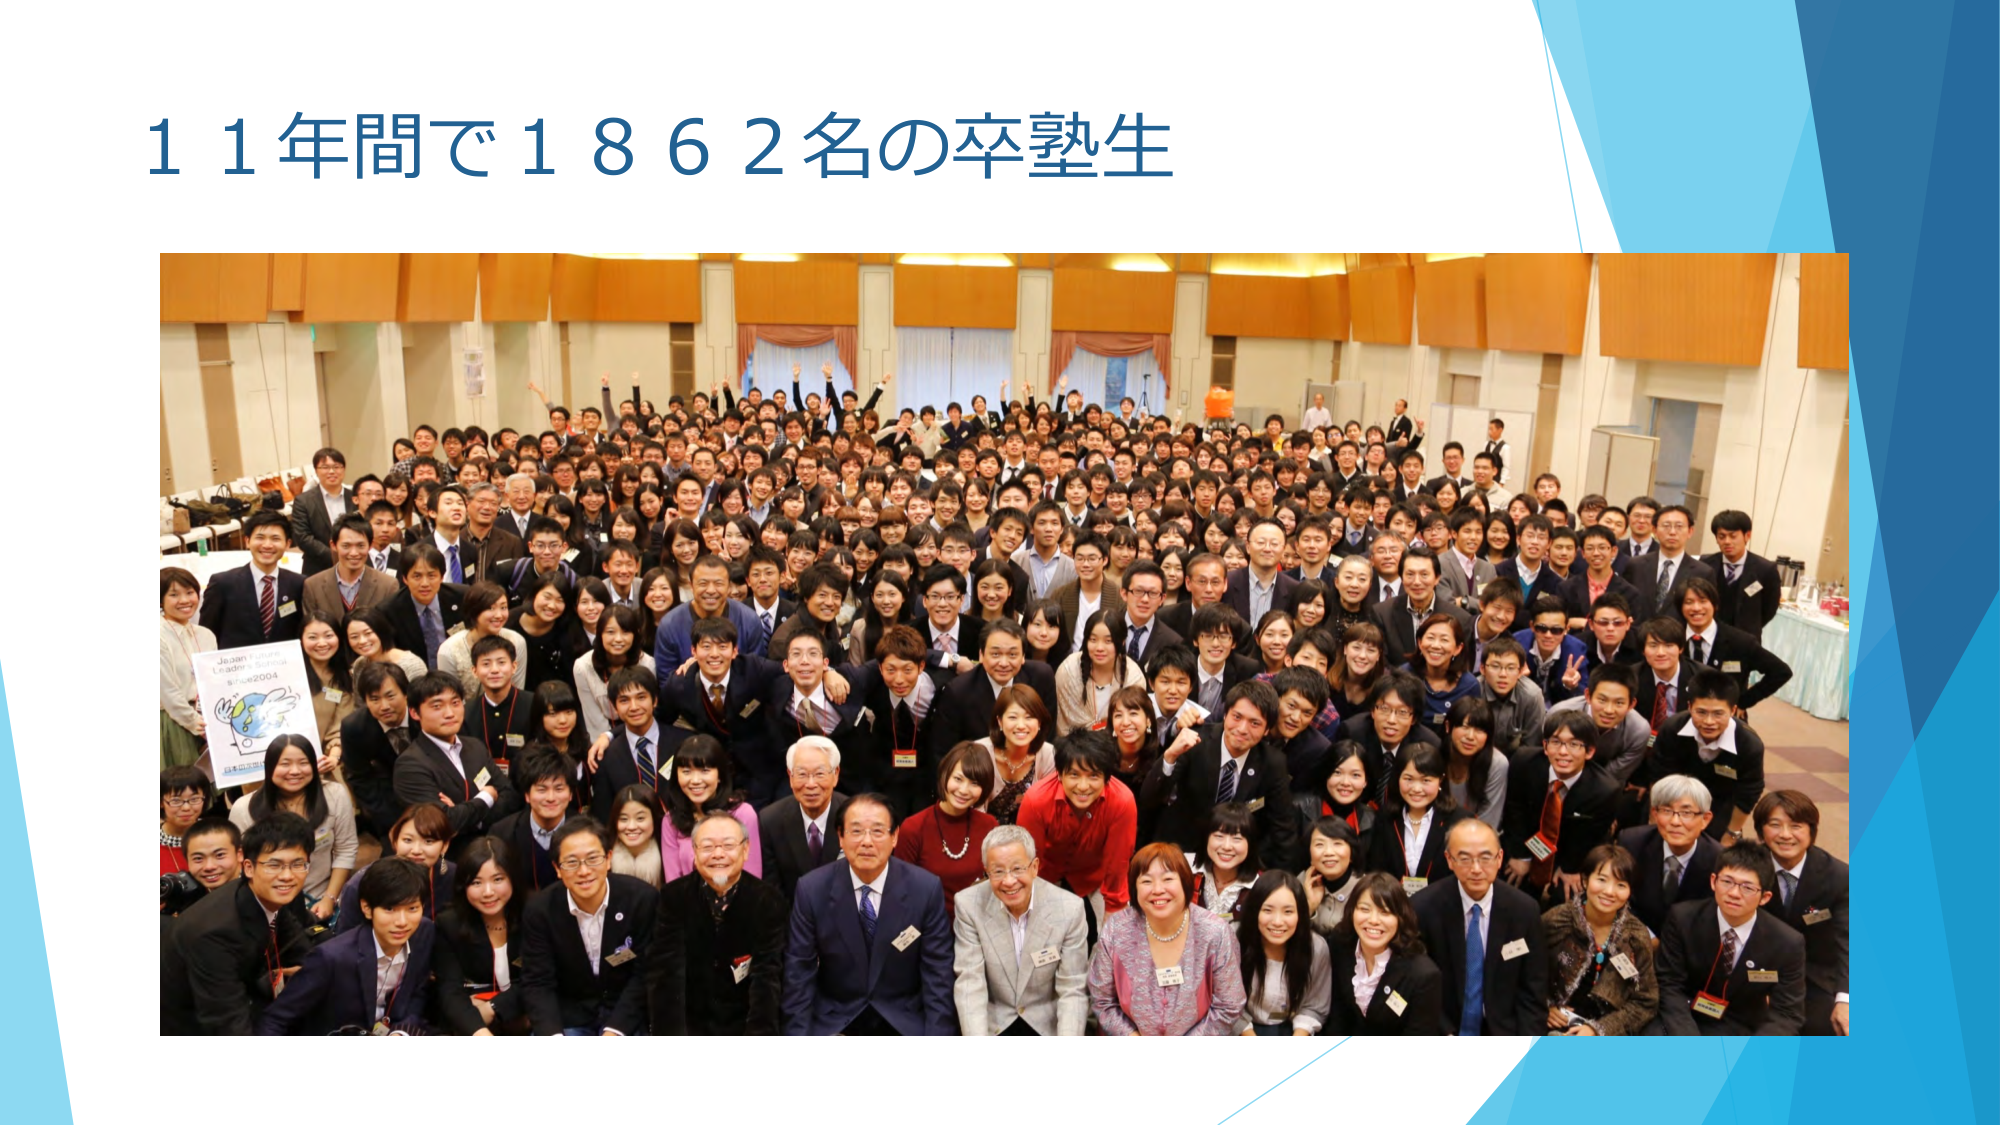
11年間で1862名の卒塾生

Japan Future
Leaders' School
第11期2004